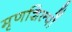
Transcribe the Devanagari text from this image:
मृणशिल्पों